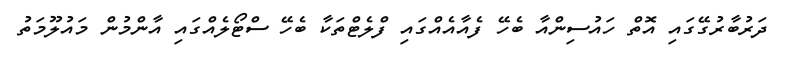
ދަރުބާރުގޭގައި އޮތް ހައުސިންއާ ބެހޭ ފެއާއެއްގައި ފްލެޓްތަކާ ބެހޭ ސްޓޯލެއްގައި އާންމުން މައުލޫމަތު